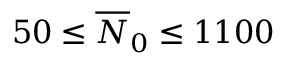
5 0 \le \overline { { N } } _ { 0 } \le 1 1 0 0